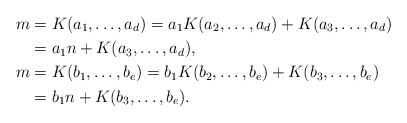
\begin{align*} m&=K(a_1,\ldots,a_d)=a_1K(a_2,\ldots,a_d)+K(a_3,\ldots,a_d)\\ &=a_1n+K(a_3,\ldots,a_d),\\ m&=K(b_1,\ldots,b_e)=b_1K(b_2,\ldots,b_e)+K(b_3,\ldots,b_e)\\ &=b_1n+K(b_3,\ldots,b_e). \end{align*}